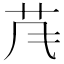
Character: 𱽐